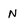
Character: N